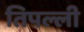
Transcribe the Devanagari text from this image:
तिपल्ली